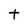
Character: t